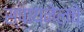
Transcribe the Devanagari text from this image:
स्पायनेलचे